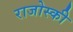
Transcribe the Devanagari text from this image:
राजोस्की